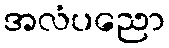
အလံပညော